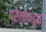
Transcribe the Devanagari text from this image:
प्रेमींकडून